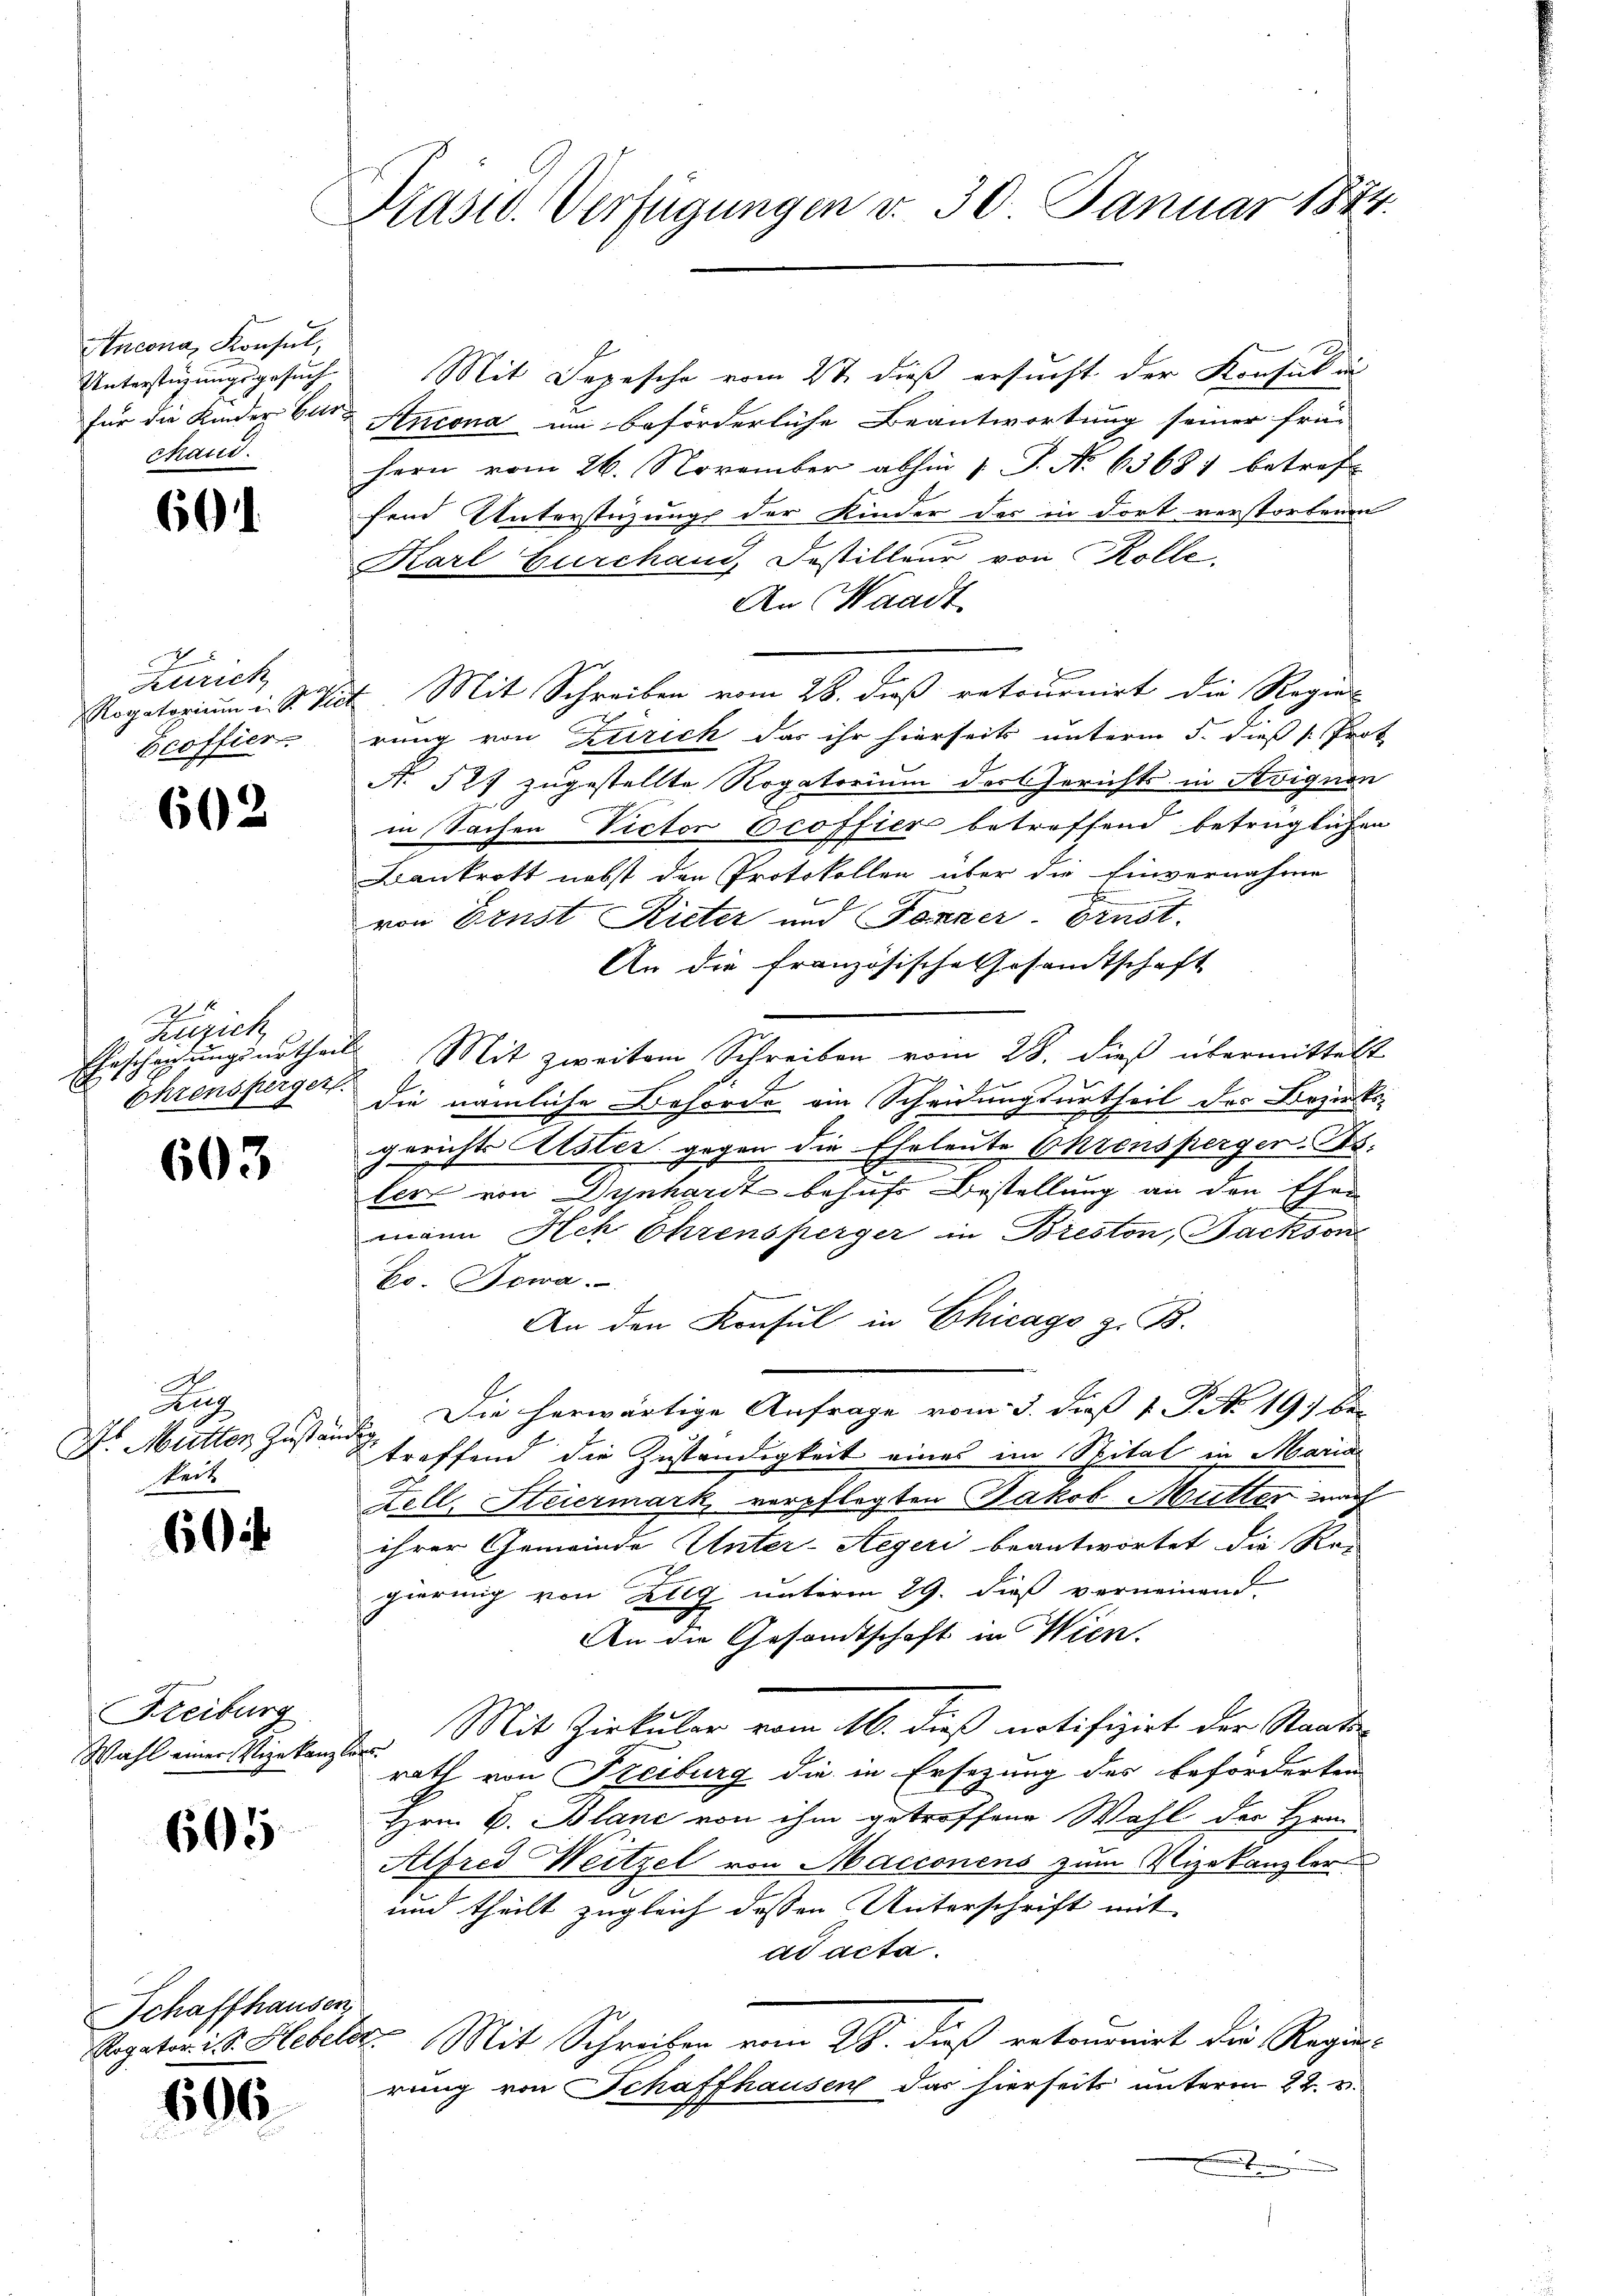
Ancona, Konsul,
Unterstüzungsgesuch
für die Kinder Cur.
Baret.

601.

Zürich
Rogatorium i. S. Viel
Beoffier.

602

Zürich
Erscherungsurtheil
c
Ehrensfürger

603

Rup
Dr. Mutter Zustan
keit

60

Freiburg
Wahl einer Vizekanzle

605

Schaffhausen,

606

Präsid. Verfügungen v. 30. Januar 1844.

Mit Depesche vom 2t dieß ersucht der Konsul in
Ancona um beförderliche Beantwortung seiner frühern vom 26. November abhin 1 S. No 63681 betreff
fend Unterstüzungs der Kinder des in dort verstorbenen
Karl Gurchaud, Festilleur von Kolle.
An Waadt
Mit Schreiben vom 28. dieß retournirt die Regier
rung von Zürich das ihr hierseits unterm 5. dieß Prot
A. 527 zugestellte Rogatorium der Gerichts in Savignen
in Sachen Victor Ccoffier betreffend betrüglichen
Bankrott nebst den Protokollen über die Einvernahme
von Ernst Rieter und Forner-Ernst.
An die französische Gesamtschaft
Mit zweitem Schreiben vom 28. dieß übermittelt
1
die nämliche Behörde ein Scheidungsurtheil des Bezirks-
gerichts Alster gegen die Eheleute Ohrensperger Bs.
ter von Dynhardt behufs Bestellung an den Ehen
mann Ach Ehrensperger in Breston, Fackson
Ho. Bewa
An den Konsul in Chicago z. B.
3. Die herwärtige Anfrage vom 3. dieß 1 P. No 19. be-
treffend die Zuständigkeit eines im Spital in Maria
Zell, Steiermark, verpflegten Jakob Mutter nach
ihrer Gemeinde Unter-Aegeri beantwortet die Rei
gierung von Zug unterm 29. dieß verneinend.
An die Gesandtschaft in Wien.
Mit Zirkular vom 16. dieß notifizirt der Staats-
s
rath von Freiburg die in Ersezung des beforderten
Hrn. B. Blanc von ihm getroffene Wahl der Hrn.
Alfred Weitzel von Macionens zum Vizekanzler
und theilt zugleich dessen Unterschrift mit
ad acta.
Rogativ ist. Hebels. Mit Schreiben vom 28. dieß retournirt die Regie-
rung von Schaffhausen das hierseits unterm 22. v.
.